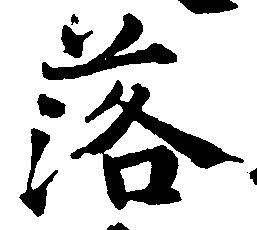
落